Leprosy in India: report of the Leprosy Commission in India, 1890-91
Year: 1890
Disease focus: Leprosy
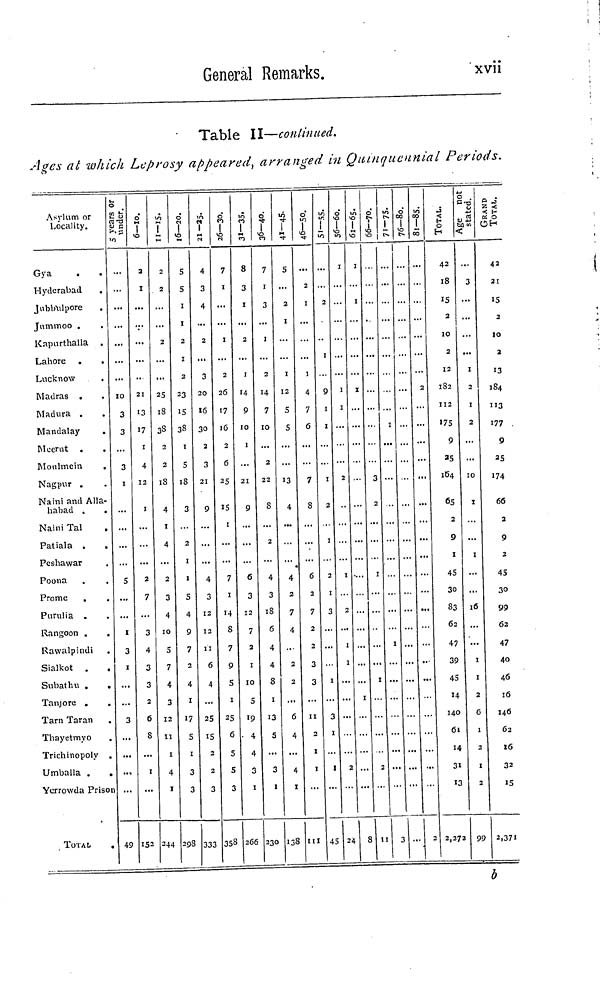
General Remarks.
xvii
Table II—continued.
Ages at which Leprosy appeared, arranged in Quinquennial Periods.
A s y l u m or
L o c a l i t y .
Gya
H y d e r a b a d
J u b u l p o r e
.
J u m m o o .
•
K a p u r t h a l l a
.
L a h o r e
.
,
L u c k n o w
M a d r a s
.
M a d u r a
.
M a n d a l a y
Mcernt
.
M o u l m e i n
,
N a g p u r
.
N a i n i a n d A l l a -
h a b a d ,
.
N a i r n T a l
Patiala
P e s h a w a r
P o o n a
P r o m e
,
P u r u l i a
.
R a n g o o n .
.
R a w a l p i n d i
S i a l k o t
.
S u b a t h u .
T a n j o r e
.
T a r n T a r a n
T h a y e t m y o
T r i c h i n o p o l y
.
U m b a l l a .
.
Y e r r o w d a P r i s o n
T O T A L
5 years or under
10
3
3
3
i
5
I
3
I
3
49
6-10.
2
I
21
13
17
4
12
I
2
7
3
4
3
3
2
6
S
1i
IS2
11-15.
2
2
2
25
1i8
38
2
1iS
4
4
2
3
4
10
S
7
4
3
12
II
I
4
1
2 4 4
16-20..
5
S
2
2
2 3
I5
3 8
5
1 8
3
2
1
5
4
9
7
2
4
I
1 7
5
1
3
3
2 9 S
21-25.
4
3
4
2
3
20
16
30
3
21
9
4
3
12
12
11
6
4
2 5
15
2
2
3
3 3 3
26-30.
7
1
1
2
2 6
1 7
16
6
2 5
1 5
7
I
14
8
7
9
S
7
25
6
5
S
3
3 5 8
31-35.
8
3
1
2
1
14
9
10
21
9
6
3
12
7
2
I
10
S
19
4
4
3
I
266
36-40.
7
1
3
I
2
7
10
2
22
8
4
3
1 8
6
4
4
8
1
13
5
3
I
330
41-45.
S
2
1
1
12
S
s
13
4
4
2
7
4
2
2
6
4
4
I
1 3 8
46-50.
2
1
4
7?
6
7
8
6
2
7
2
2
3
3
11
2
1
1
111
51-55.
2
9
1
1
1
2
2
1
3
1
3
1
I
4 5
56-60.
1
I
2
1
2
1
I
2
24
61-65.
1
I
8
66-70.
3
2
1
1
11
71-75.
j
T
3
76-80.
81-85.
2
2
ToTAL
42
1i8
15
2
10
2
12
182
112
175
9
35
164
65
2
9
1
45
30
83
62
47
39
45
14
140
61
14
31
13
2,272
Age not state.
3
1
2
1
2
10
1
1
16
1
1
2
6
1
2
I
2
9 9
GRAND TOTAL
42
21
15
2
10
2
13
184
"3
177
9
25
174
66
2
9
2
45
30
99
62
47
40
46
16
146
62
16
32
15
2,371
b